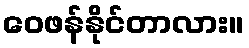
ဝေဖန်နိုင်တာလား။